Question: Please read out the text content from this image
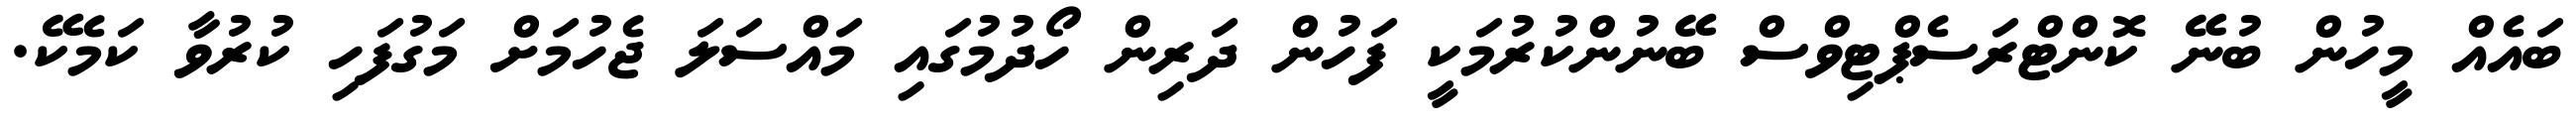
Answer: ބައެއް މީހުން ބުނޭ ކޮންޓްރަސެޕްޓިވްސް ބޭނުންކުރުމަކީ ފަހުން ދަރިން ހޯދުމުގައި މައްސަލަ ޖެހުމަށް މަގުފަހި ކުރުވާ ކަމެކޭ.